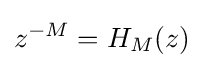
z^{-M}=H_{M}(z)